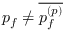
p _ { f } \neq \overline { { p _ { f } ^ { ( p ) } } }